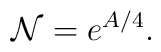
{\cal N} = e^{A/4}.